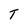
Character: T